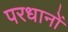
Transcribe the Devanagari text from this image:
परधानों